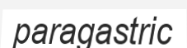
paragastric